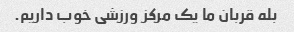
بله قربان ما یک مرکز ورزشی خوب داریم.